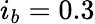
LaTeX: i_{b}=0.3